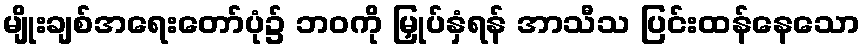
မျိုးချစ်အရေးတော်ပုံ၌ ဘဝကို မြှုပ်နှံရန် အာသီသ ပြင်းထန်နေသော